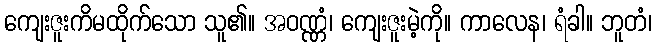
ကျေးဇူးကိမထိုက်သော သူ၏။ အဝဏ္ဏံ၊ ကျေးဇူးမဲ့ကို။ ကာလေန၊ ရံခါ။ ဘူတံ၊